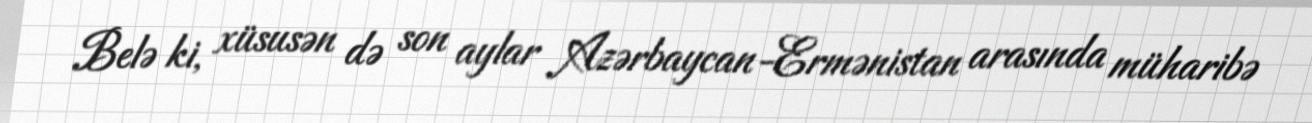
Belə ki, xüsusən də son aylar Azərbaycan-Ermənistan arasında müharibə